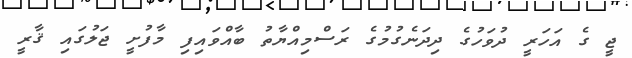
ޖީ ގެ އަހަރީ ދުވަހުގެ ދިދަނެގުމުގެ ރަސްމިއްޔާތު ބާއްވައިފި މާފުށީ ޖަލުގައި ޤާރީ